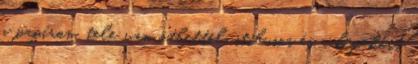
a papíron. tele van ötlettel, stílusos és a képekért